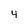
Character: 4